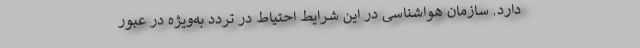
دارد. سازمان هواشناسی در این شرایط احتیاط در تردد به‌ویژه در عبور